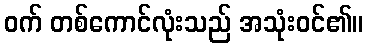
ဝက် တစ်ကောင်လုံးသည် အသုံးဝင်၏။